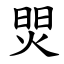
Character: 焸